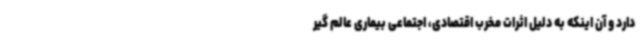
دارد و آن اینکه به دلیل اثرات مخرب اقتصادی، اجتماعی بیماری عالم گیر